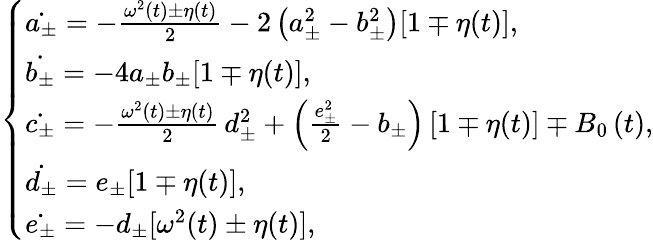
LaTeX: \left\{ \begin{array}{ll}{\dot{a_{\pm}}=-\frac{\omega^{2}\left(t\right)\pm\eta(t)}{2}-2\left(a_{\pm}^{2}-b_{\pm}^{2}\right)[1\mp\eta(t)],}\\ {\dot{b_{\pm}}=-4a_{\pm}b_{\pm}[1\mp\eta(t)],}\\ {\dot{c_{\pm}}=-\frac{\omega^{2}\left(t\right)\pm\eta(t)}{2}\, d_{\pm}^{2}+\left(\frac{e_{\pm}^{2}}{2}-b_{\pm}\right)\left[1\mp\eta(t)\right]\mp B_{0}\left(t\right),}\\ {\dot{d_{\pm}}=e_{\pm}[1\mp\eta(t)],}\\ {\dot{e_{\pm}}=-d_{\pm}[\omega^{2}(t)\pm\eta(t)],}\end{array}\right.